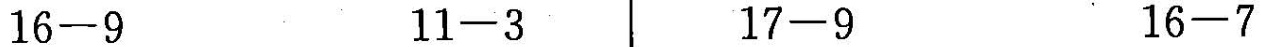
$$1 6 - 9$$ $$1 1 - 3$$ $$1 7 - 9$$ $$1 6 - 7$$